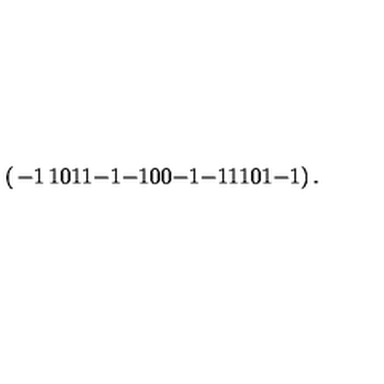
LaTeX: \left( \begin{matrix} { - 1 } & { 1 } & { 0 } & { 1 } \\ { 1 } & { - 1 } & { - 1 } & { 0 } \\ { 0 } & { - 1 } & { - 1 } & { 1 } \\ { 1 } & { 0 } & { 1 } & { - 1 } \\ \end{matrix} \right) .